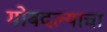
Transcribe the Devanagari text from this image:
मोबदल्याचा